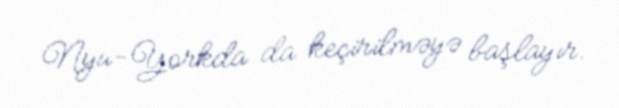
Nyu-Yorkda da keçirilməyə başlayır.